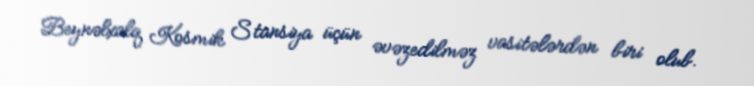
Beynəlxalq Kosmik Stansiya üçün əvəzedilməz vasitələrdən biri olub.